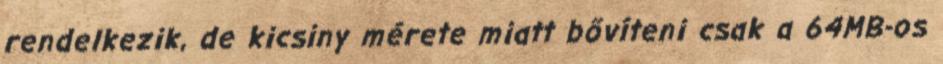
rendelkezik, de kicsiny mérete miatt bővíteni csak a 64MB-os